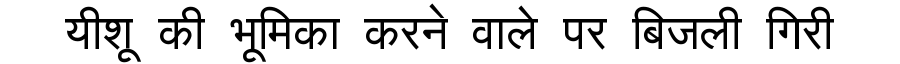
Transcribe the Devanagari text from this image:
यीशू की भूमिका करने वाले पर बिजली गिरी